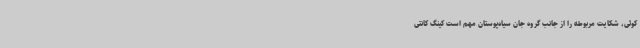
کوئی، شکایت مربوطه را از جانب گروه جان سیاه‌پوستان مهم است کینگ کانتی